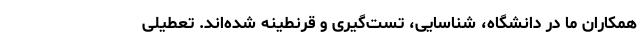
همکاران ما در دانشگاه، شناسایی، تست‌گیری و قرنطینه شده‌اند. تعطیلی